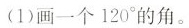
(1)画一个120°的角。